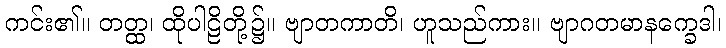
ကင်း၏။ တတ္ထ၊ ထိုပါဠိတို့၌။ ဗျာတကာတိ၊ ဟူသည်ကား။ ဗျာဂတမာနက္ခေဒါ၊